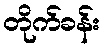
တိုက်ခန်း